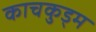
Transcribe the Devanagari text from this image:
काचकुड्म